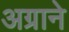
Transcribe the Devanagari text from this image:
अग्राने